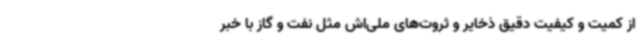
از کمیت و کیفیت دقیق ذخایر و ثروت‌های ملی‌اش مثل نفت و گاز با خبر